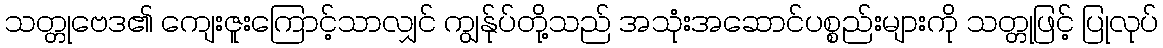
သတ္တုဗေဒ၏ ကျေးဇူးကြောင့်သာလျှင် ကျွန်ုပ်တို့သည် အသုံးအဆောင်ပစ္စည်းများကို သတ္တုဖြင့် ပြုလုပ်